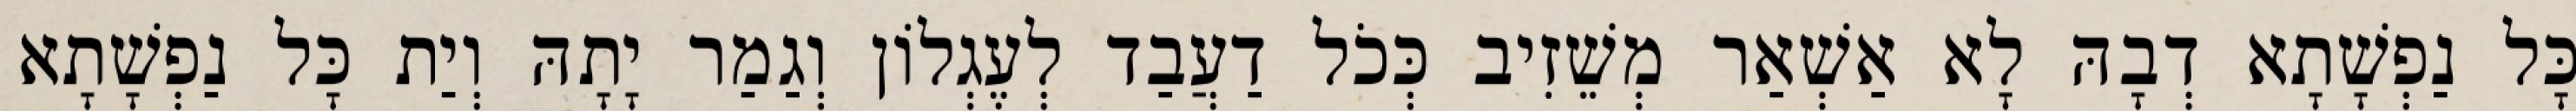
כָּל נַפְשָׁתָא דְבָהּ לָא אַשְׁאַר מְשֵׁזִיב כְּכֹל דַעֲבַד לְעֶגְלוֹן וְגַמַר יָתָהּ וְיַת כָּל נַפְשָׁתָא